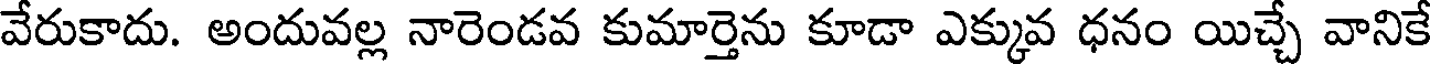
వేరుకాదు. అందువల్ల నారెండవ కుమార్తెను కూడా ఎక్కువ ధనం యిచ్చే వానికే